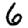
Digit: 6